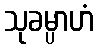
သုခမ္ပာဟံ